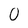
Character: 0